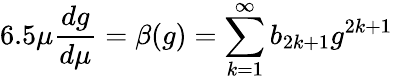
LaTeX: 6.5\mu\frac{dg}{d\mu}=\beta(g)=\sum_{k=1}^{\infty}b_{2k+1}g^{2k+1}